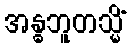
အန္ဓဘူတသ္မိံ